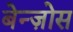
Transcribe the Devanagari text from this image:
बेन्ज़ोस